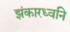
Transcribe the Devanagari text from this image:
झंकारध्वनि